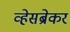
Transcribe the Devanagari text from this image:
व्हेसब्रेकर